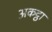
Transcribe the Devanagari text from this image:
अकट्ठा